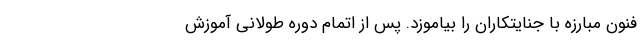
فنون مبارزه با جنایتکاران را بیاموزد. پس از اتمام دوره طولانی آموزش